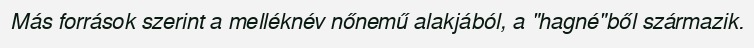
Más források szerint a melléknév nőnemű alakjából, a "hagné"ből származik.